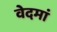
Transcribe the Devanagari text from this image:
वेदमां